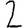
Digit: 2